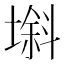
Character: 𱗯